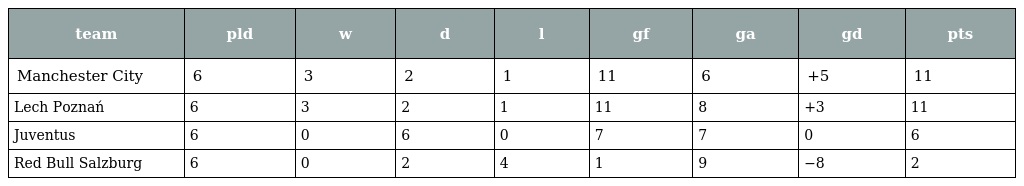
| team | pld | w | d | l | gf | ga | gd | pts |
 | --- | --- | --- | --- | --- | --- | --- | --- | --- |
 | Manchester City | 6 | 3 | 2 | 1 | 11 | 6 | +5 | 11 |
 | Lech Poznań | 6 | 3 | 2 | 1 | 11 | 8 | +3 | 11 |
 | Juventus | 6 | 0 | 6 | 0 | 7 | 7 | 0 | 6 |
 | Red Bull Salzburg | 6 | 0 | 2 | 4 | 1 | 9 | −8 | 2 |